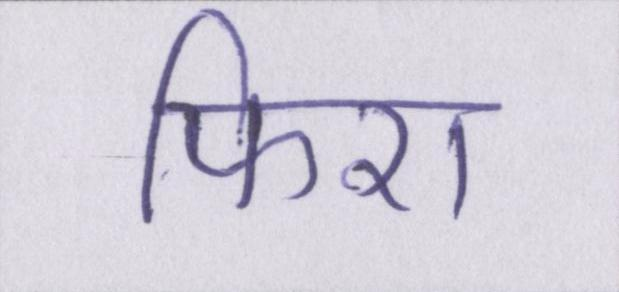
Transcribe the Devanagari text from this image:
फिरा